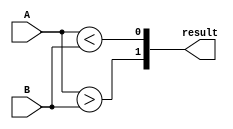
module comparator(
    input [3:0] A,
    input [3:0] B,
    output [1:0] result
);

assign result[1] = (A > B);
assign result[0] = (A < B);

endmodule